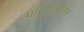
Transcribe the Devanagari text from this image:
मॉलफंक्शन